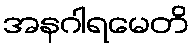
အနဂါရမေတိ